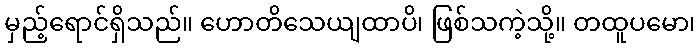
မှည့်ရောင်ရှိသည်။ ဟောတိသေယျထာပိ၊ ဖြစ်သကဲ့သို့။ တထူပမော၊